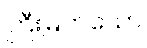
ကြီးမြတ်သော